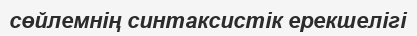
сөйлемнің синтаксистік ерекшелігі